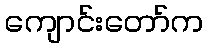
ကျောင်းတော်က